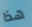
هذا